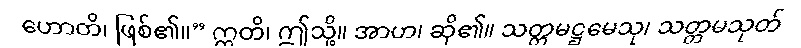
ဟောတိ၊ ဖြစ်၏။” ဣတိ၊ ဤသို့။ အာဟ၊ ဆို၏။ သတ္တမဋ္ဌမေသု၊ သတ္တမသုတ်